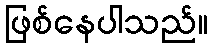
ဖြစ်နေပါသည်။